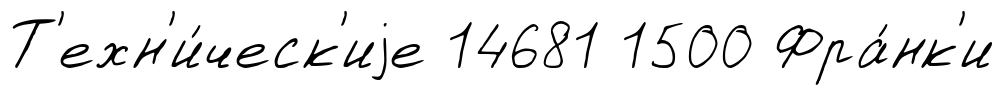
Т'ехн'и́ческ'иjе 14681 1500 Фра́нк'и